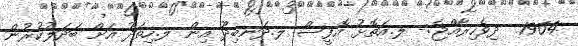
1964  ދިވެހިރާއްޖެ:- ލ.އަތޮޅު އޮފީސް ލ.ދަނބިދޫ އިން ލ.ހިތަދޫ އަށް ބަދަލުކުރުން